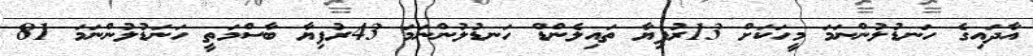
އާދައިގެ ހަނޑުލުންނަމަ މީހަކަށް 13ރުފިޔާ ތައިލެންޑް ހަނޑުލުންނަމަ 43ރުފިޔާ ބާސްމަތީ ހަނަޑުލުންނަމަ 81